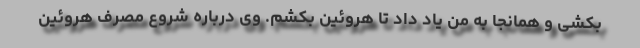
بکشی و همانجا به من یاد داد تا هروئین بکشم. وی درباره شروع مصرف هروئین